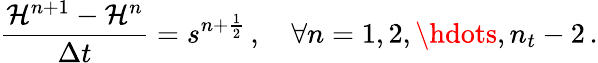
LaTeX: \frac{\mathcal H^{n+1}-\mathcal H^{n}}{\Delta t}=s^{n+\frac 12}\, ,\quad\forall n=1,2,\hdots,n_{t}-2\, .